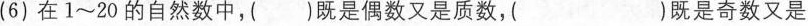
(6)在1\sim20的自然数中，()既是偶数又是质数，( )既是奇数又是